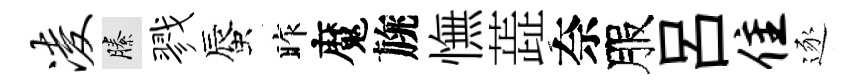
凌縢戮蜃昨魔旐憮蕋奈服呂隹逐